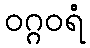
ဝဂ္ဂဝရံ